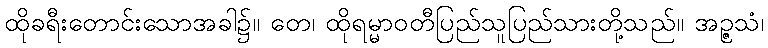
ထိုခရီးတောင်းသောအခါ၌။ တေ၊ ထိုရမ္မာဝတီပြည်သူပြည်သားတို့သည်။ အဉ္ဇသံ၊